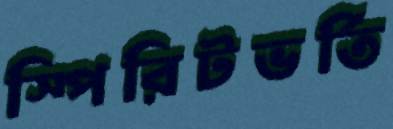
স্পিরিটভর্তি